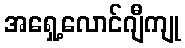
အရှေ့လောင်ဂျီကျု